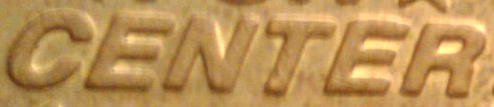
CENTER